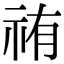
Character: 𮁰